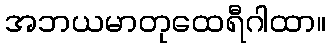
အဘယမာတုထေရီဂါထာ။